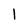
Character: 1